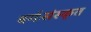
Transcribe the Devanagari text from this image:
वर्गःसंस्कृत